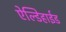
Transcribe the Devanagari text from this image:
ऐल्डिहाईड